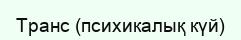
Транс (психикалық күй)